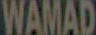
WAMAD